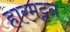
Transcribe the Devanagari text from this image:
हारमट्टन